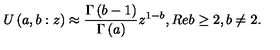
U \left( a , b : z \right) \approx \frac { \Gamma \left( b - 1 \right) } { \Gamma \left( a \right) } z ^ { 1 - b } , R e b \geq 2 , b \neq 2 .